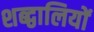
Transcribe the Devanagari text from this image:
शब्द्वालियों